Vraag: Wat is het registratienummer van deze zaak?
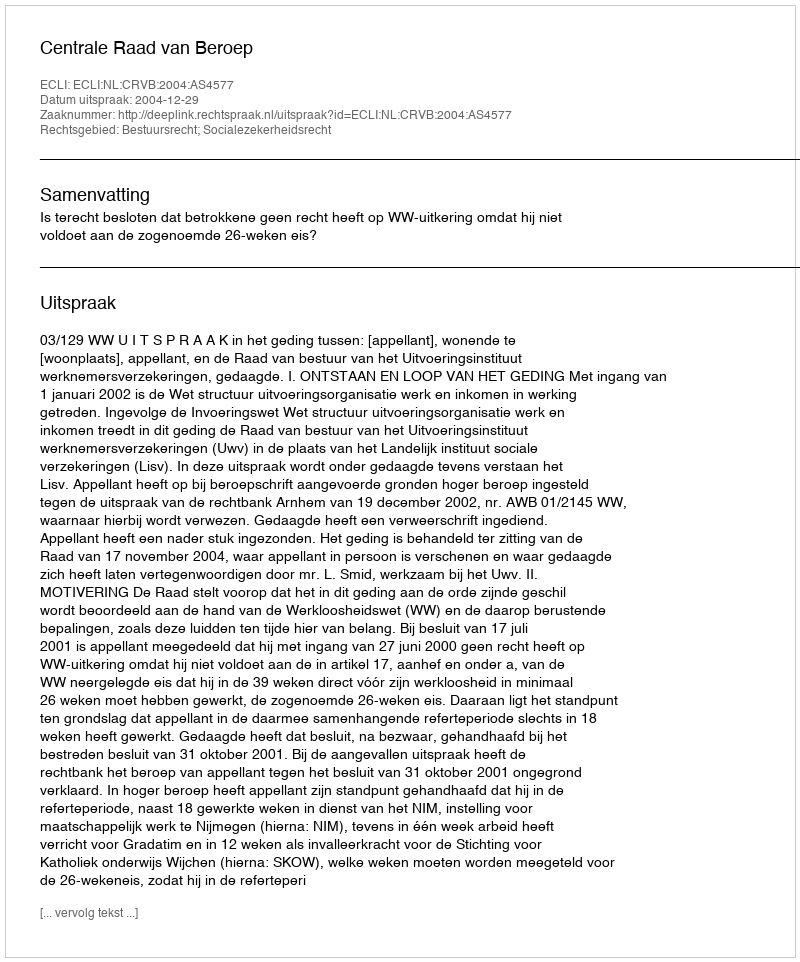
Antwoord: http://deeplink.rechtspraak.nl/uitspraak?id=ECLI:NL:CRVB:2004:AS4577